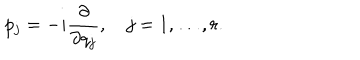
LaTeX: p _ { j } = - i { \frac { \partial } { \partial q _ { j } } } , \quad j = 1 , \ldots , r .